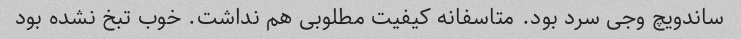
ساندویچ وجی سرد بود. متاسفانه کیفیت مطلوبی هم نداشت. خوب تبخ نشده بود